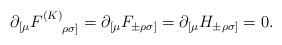
LaTeX: \begin{align*}\partial_{[\mu}F^{(K)}_{~~~~\rho\sigma]}=\partial_{[\mu}F_{\pm\rho\sigma]}=\partial_{[\mu}H_{\pm\rho\sigma]}=0.\end{align*}